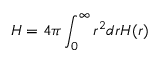
H = 4 \pi \int _ { 0 } ^ { \infty } r ^ { 2 } d r { \cal H } ( r )